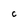
Character: C